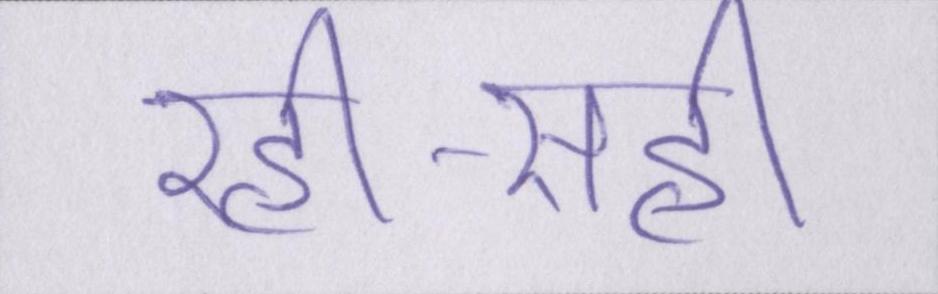
रही-सही